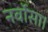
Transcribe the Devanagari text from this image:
नर्वोसा।